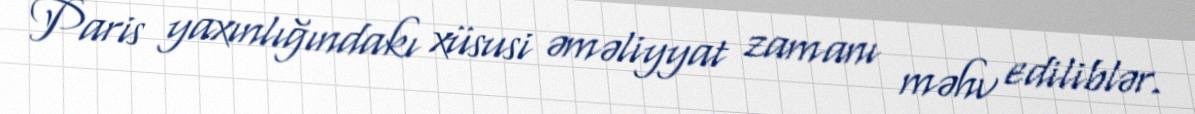
Paris yaxınlığındakı xüsusi əməliyyat zamanı məhv ediliblər.